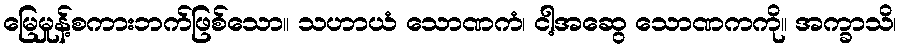
မြေမှုန့်စကားဘက်ဖြစ်သော။ သဟာယံ သောဏကံ၊ ငါ့အဆွေ သောဏကကို။ အက္ခာသိ၊